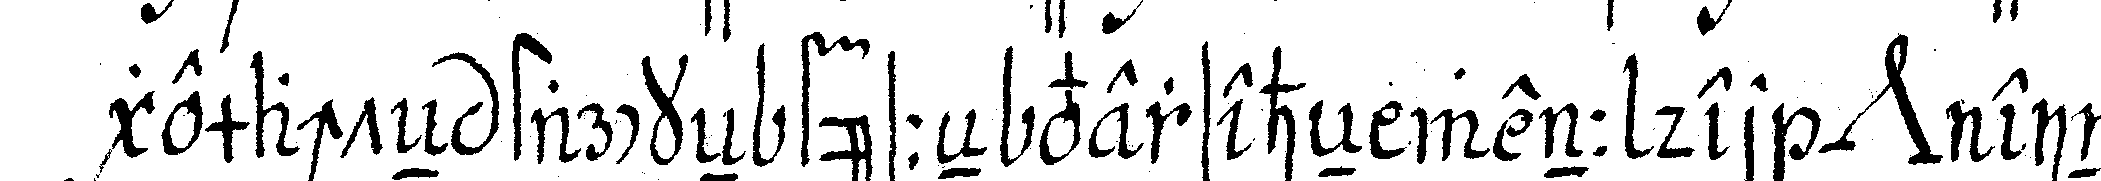
gemachteN starckeN füsseN verseheN wenn der *nee* eine